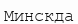
Минскда